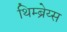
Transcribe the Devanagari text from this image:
थिम्ब्रेय्स